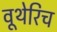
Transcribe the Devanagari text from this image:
वूथेरिच